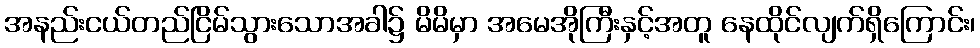
အနည်းငယ်တည်ငြိမ်သွားသောအခါ၌ မိမိမှာ အမေအိုကြီးနှင့်အတူ နေထိုင်လျက်ရှိကြောင်း၊